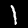
Digit: 1